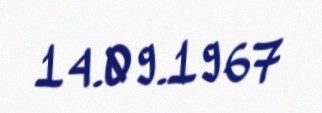
14.09.1967